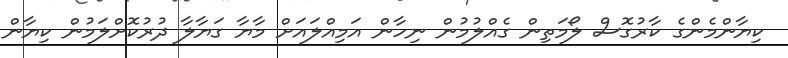
ކިޔާންމެންގެ ކާރުގޮސް ލޯމަތިން ގެއްލުމުން ނިހާން އަމިއްލައަށް މާޔާ ގަޔާލާ ދުރުކޮށްލަމުން ކިޔާން